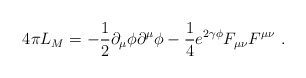
\begin{align*}4 \pi L_M=-\frac{1}{2}\partial_\mu \phi \partial^\mu \phi -\frac{1}{4} e^{2 \gamma \phi } F_{\mu\nu} F^{\mu\nu}\ . \end{align*}